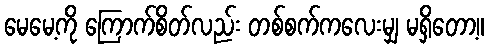
မေမေ့ကို ကြောက်စိတ်လည်း တစ်စက်ကလေးမျှ မရှိတော့။